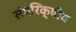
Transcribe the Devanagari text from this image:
संपरिक्षीय